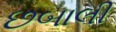
છબાલી